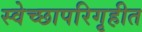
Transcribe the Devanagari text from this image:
स्वेच्छापरिगृहीत